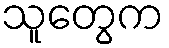
သူတွေက